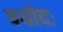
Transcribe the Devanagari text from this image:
पयोदः